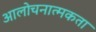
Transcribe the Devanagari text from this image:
आलोचनात्मकता